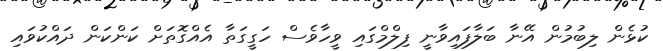
ކުޅެން ލިބުމުން އޭނާ ބަލާފައިވާނީ ފިލްމްގައި ވީހާވެސް ހަގީގަތާ އެއްގޮތަށް ކަންކަން ދައްކުވައި